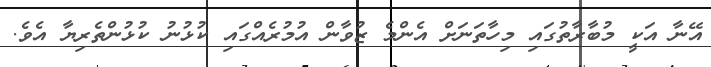
އޭނާ އަކީ މުބާރާތުގައި މިހާތަނަށް އެންމެ ޒުވާން އުމުރެއްގައި ކުޅުނު ކުޅުންތެރިޔާ އެވެ.